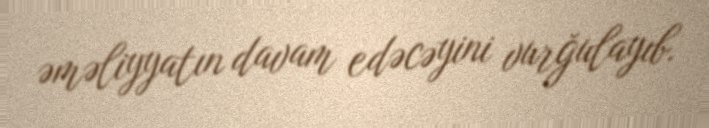
əməliyyatın davam edəcəyini vurğulayıb.